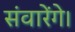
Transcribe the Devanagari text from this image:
संवारेंगे।